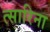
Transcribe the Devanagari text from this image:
त्सारिना